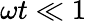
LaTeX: \omega t\ll 1